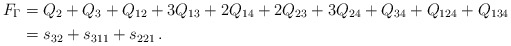
\begin{align*}F_\Gamma&=Q_{2}+Q_{3}+Q_{12}+3Q_{13}+2Q_{14}+2Q_{23}+3Q_{24}+Q_{34}+Q_{124}+Q_{134}\\&=s_{32} + s_{311} + s_{221}\,.\end{align*}